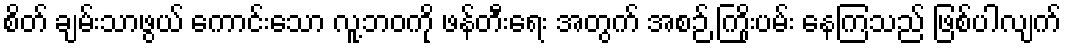
စိတ် ချမ်းသာဖွယ် ကောင်းသော လူ့ဘဝကို ဖန်တီးရေး အတွက် အစဉ် ကြိုးပမ်း နေကြသည် ဖြစ်ပါလျက်